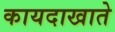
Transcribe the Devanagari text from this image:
कायदाखाते